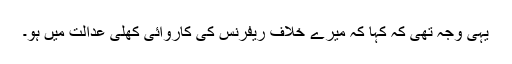
یہی وجہ تھی کہ کہا کہ میرے خلاف ریفرنس کی کاروائی کھلی عدالت میں ہو۔